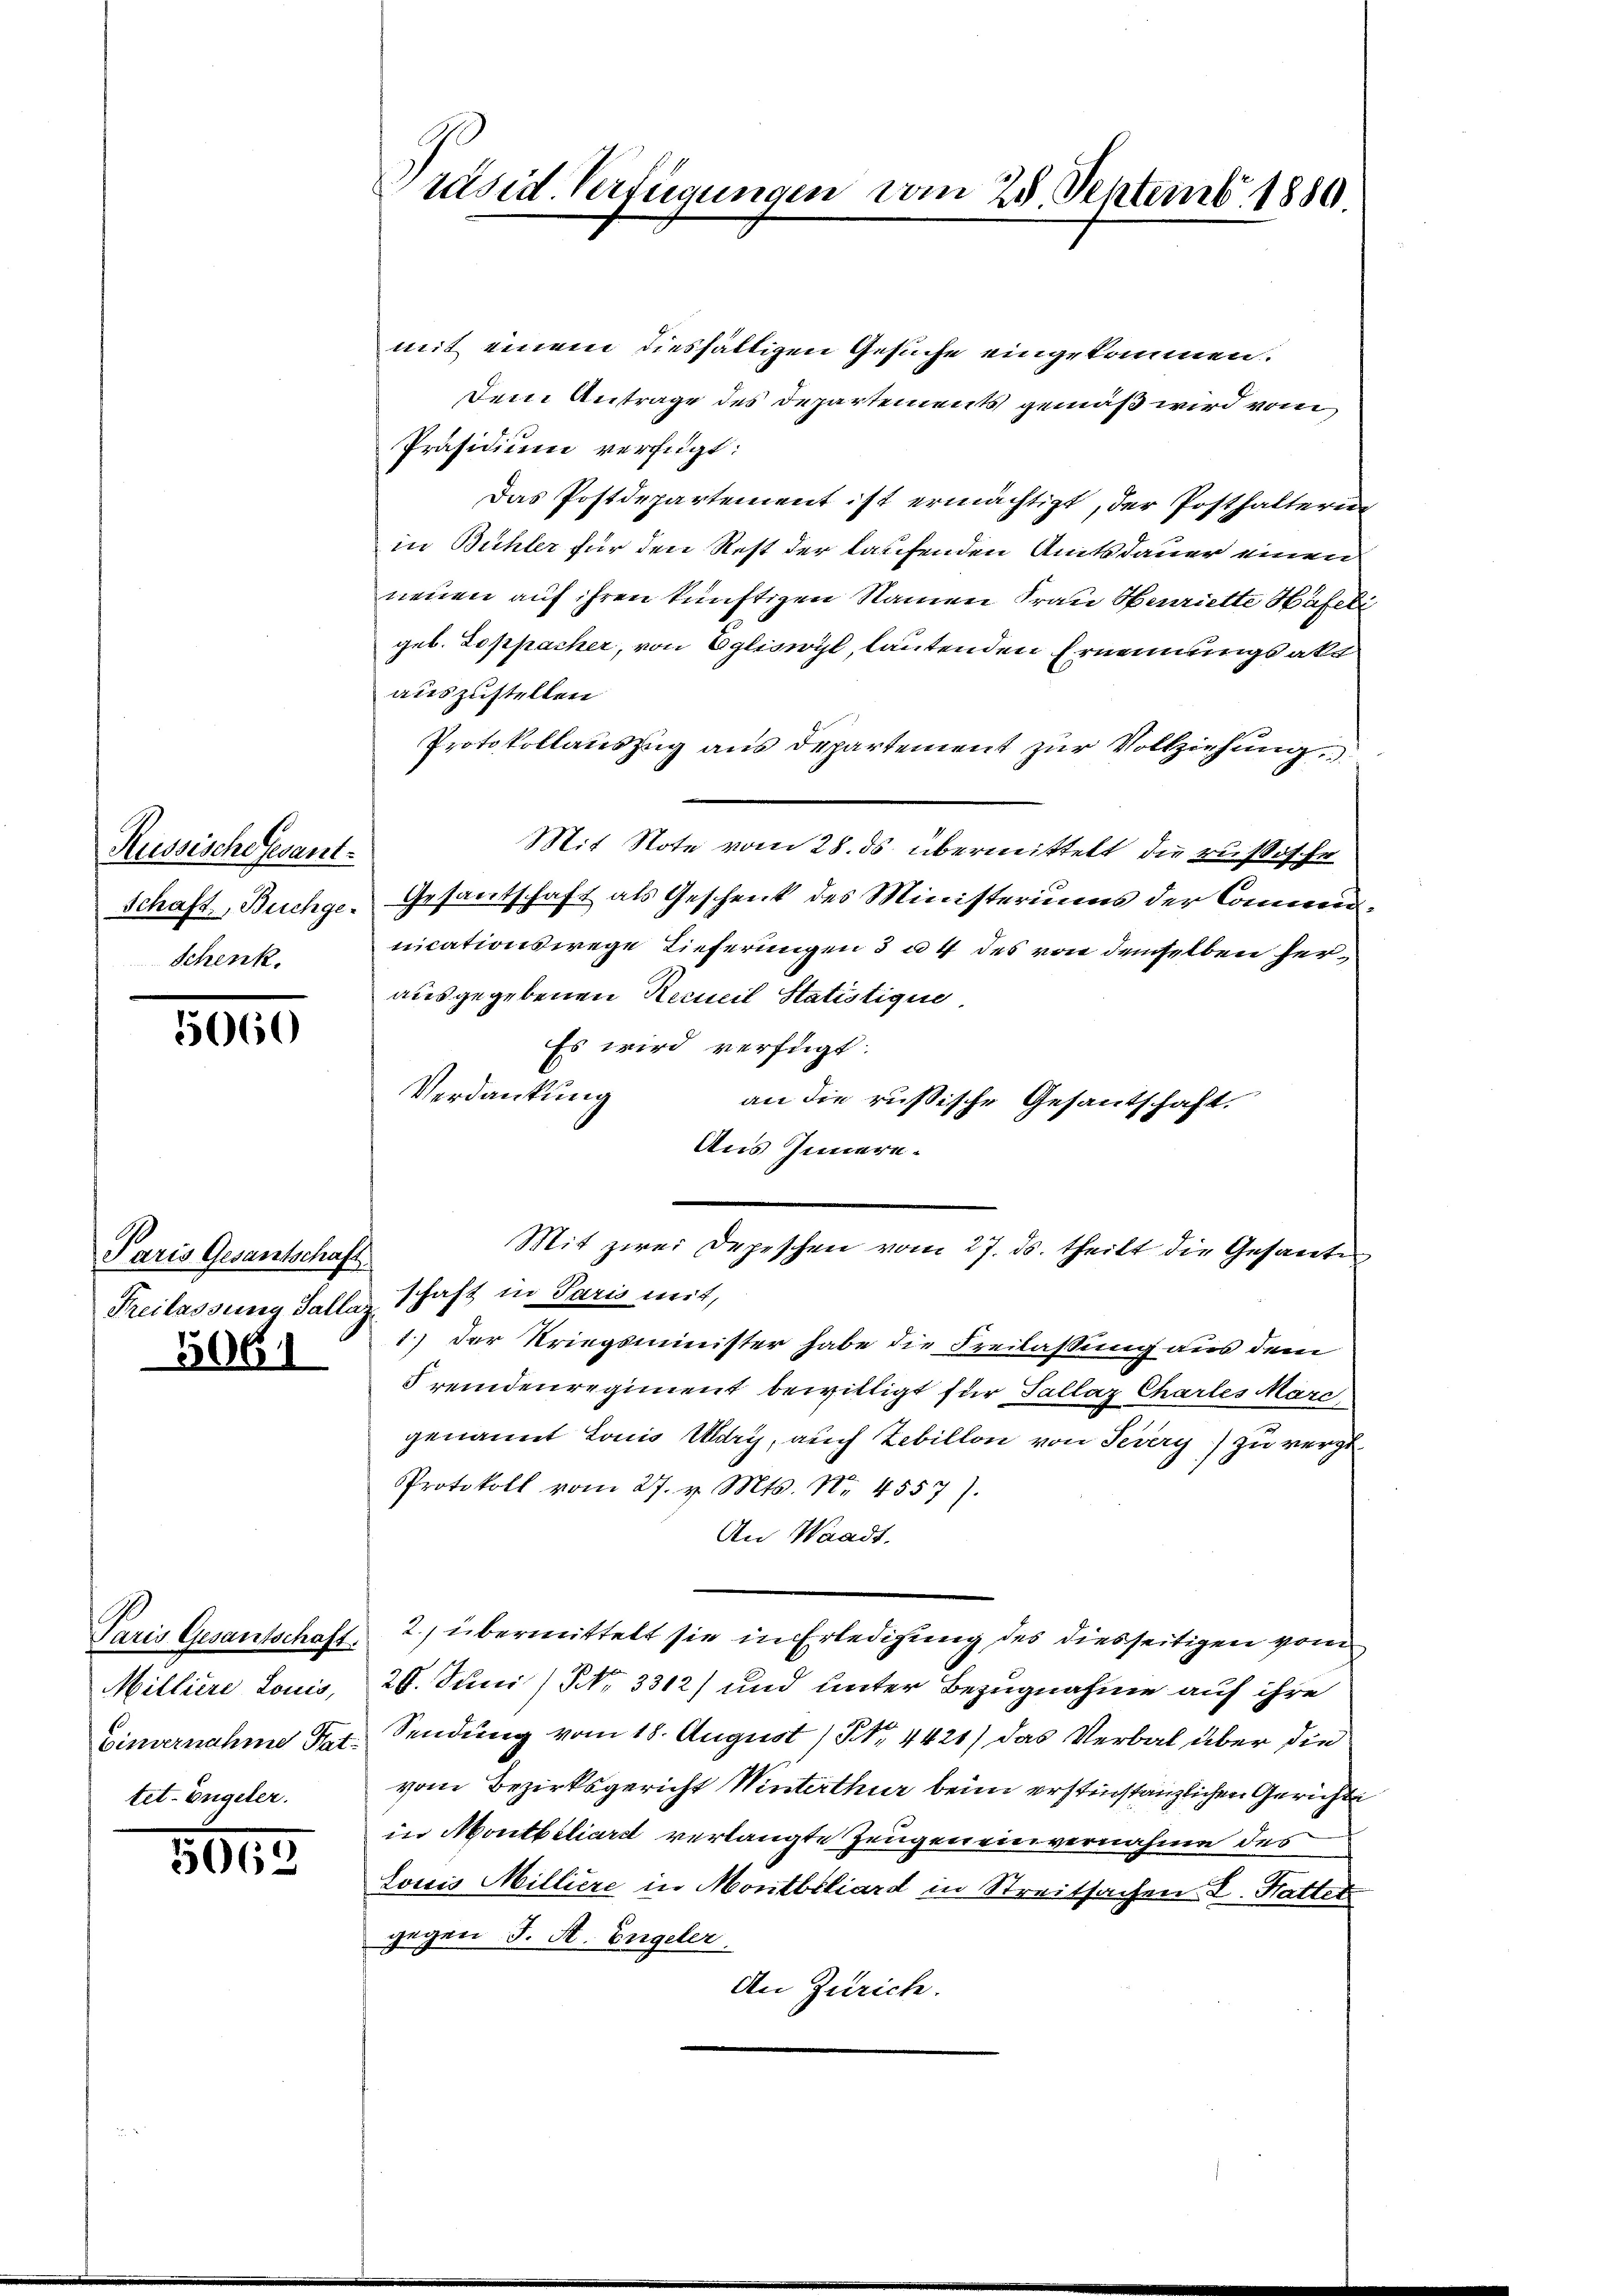
Russische Gesant¬
Schenk.

3000

Paris Gesantschaft.
Freilassung Sallas
3061

Paris Gesantschaft
Einvernahme Tat.
tet-Engeler.

3045

Präsid. Verfügungen vom 25. Septemb. 1880.

mit einem diesfälligen Gesuche eingekommen.
Dem Antrage des Departements gemäß wird vom
Präsidium verfügt:
Das Postdepartement ist ermächtigt, der Posthaltering
in Bühler für den Rest der laufenden Amtsdauer einen
neuen auf ihren künftigen Namen Frau Henriette Häfel
geb. Loppacher, von Egliswyl, lautenden Ernennungsakt
auszustellen.
Protokollauszug aus Departement zur Vollziehung
Mit Note vom 28. ds übermittelt die russische
Schaft, Buchge- Gesantschaft als Geschenk des Ministeriums der Communicationswege Tieferungen 3 u. 4 des von demselben herausgegebenen Recueil Statistique,
Es wird verfügt:
Verdankung
an die russische Gesantschaft.
Aus Innern.
Mit zwei Depeschen vom 27. ds. theilt die Gesante
schaft in Paris mit,
1.) Der Kriegsminister habe die Freilassung aus dem
Fremdenregiment bewilligt für Sallaz Chartes Marc
genannt Louis Uri, auch Zebillon von Severy) zu vergl.
Protokoll vom 27. v. Mts. No. 4557).
An Waadt.
2., übermittelt sie in Erledigung des diesseitigen vom
Milliere Louis, 26. Juni / NNo. 3312) und unter Bezugnahme auf ihre
Sendung vom 18. August 191, 4421) das Verbal über die
vom Bezirksgericht Winterthur beim erstinstanzlichen Gerichte
in Montbiliard verlangte Zeugen einvernahme des
Lowis Milliere in Montbiliard in Streitsachen d. Hatter
gegen J. St. Engeler.
An Zürich.